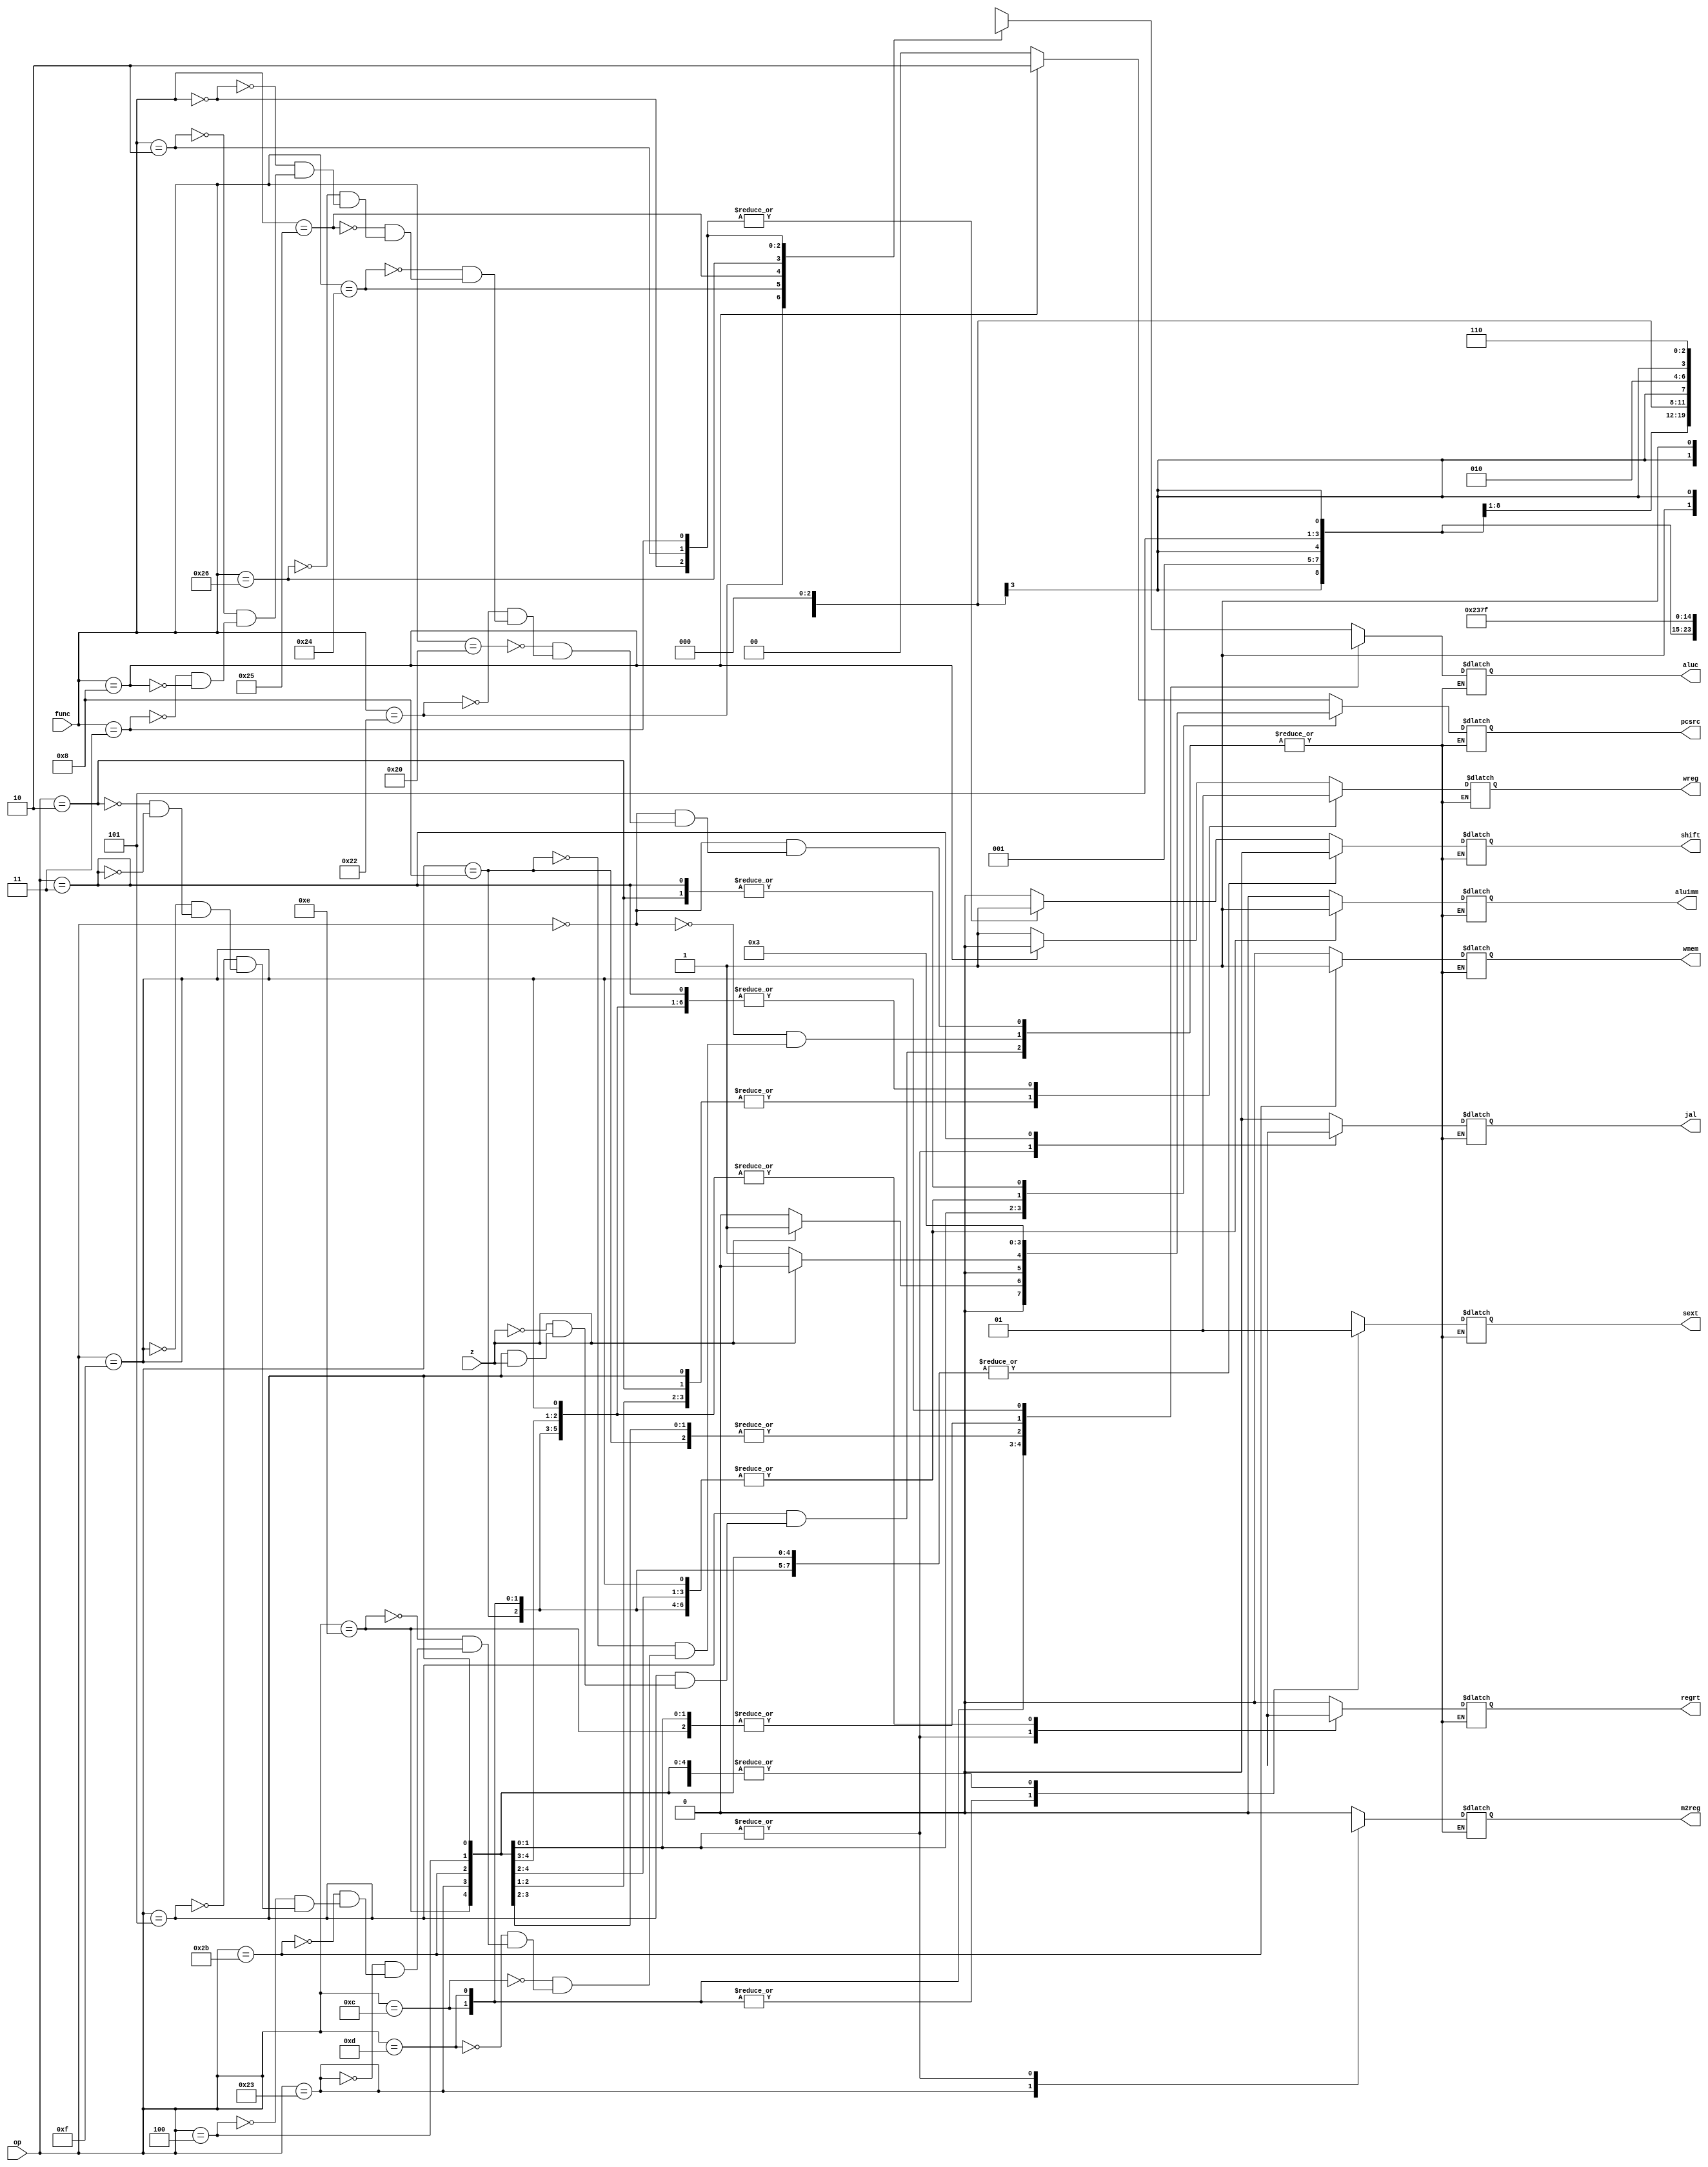
`timescale 1ns / 1ps
//////////////////////////////////////////////////////////////////////////////////
// Company: 
// Engineer: 
// 
// Design Name: 
// Module Name: ControlUnit
// Project Name: 
// Target Devices: 
// Tool Versions: 
// Description: 
// 
// Dependencies: 
// 
// Revision:
// Revision 0.01 - File Created
// Additional Comments:
// 
//////////////////////////////////////////////////////////////////////////////////


module ControlUnit (op, func, z, wreg, regrt, jal, m2reg, shift, aluimm, sext, aluc, wmem, pcsrc);
    input [5:0] op;
    input [5:0] func;
    input z;
    output reg wreg, regrt, jal, m2reg, shift, aluimm, sext, wmem;
    output reg [3:0] aluc;
    output reg [1:0] pcsrc;
    always @(*)
    begin
        case(op)
            6'b000000 : begin
            case(func)
                6'b100000 : begin//add
                wreg = 1'b1;
                regrt = 1'b0;
                jal = 1'b0;
                m2reg = 1'b0;
                shift = 1'b0;
                aluimm = 1'b0;
                sext = 1'bx;
                aluc = 4'bx000;
                wmem = 1'b0;
                pcsrc = 2'b00;
                end
                6'b100010 : begin//sub
                wreg = 1'b1;
                regrt = 1'b0;
                jal = 1'b0;
                m2reg = 1'b0;
                shift = 1'b0;
                aluimm = 1'b0;
                sext = 1'bx;
                aluc = 4'bx100;
                wmem = 1'b0;
                pcsrc = 2'b00;
                end
                6'b100100 : begin//and
                wreg = 1'b1;
                regrt = 1'b0;
                jal = 1'b0;
                m2reg = 1'b0;
                shift = 1'b0;
                aluimm = 1'b0;
                sext = 1'bx;
                aluc = 4'bx001;
                wmem = 1'b0;
                pcsrc = 2'b00;
                end
                6'b100101 : begin//or
                wreg = 1'b1;
                regrt = 1'b0;
                jal = 1'b0;
                m2reg = 1'b0;
                shift = 1'b0;
                aluimm = 1'b0;
                sext = 1'bx;
                aluc = 4'bx101;
                wmem = 1'b0;
                pcsrc = 2'b00;
                end
                6'b100110 : begin//xor
                wreg = 1'b1;
                regrt = 1'b0;
                jal = 1'b0;
                m2reg = 1'b0;
                shift = 1'b0;
                aluimm = 1'b0;
                sext = 1'bx;
                aluc = 4'bx010;
                wmem = 1'b0;
                pcsrc = 2'b00;
                end
                6'b000000 : begin//sll
                wreg = 1'b1;
                regrt = 1'b0;
                jal = 1'b0;
                m2reg = 1'b0;
                shift = 1'b1;
                aluimm = 1'b0;
                sext = 1'bx;
                aluc = 4'b0011;
                wmem = 1'b0;
                pcsrc = 2'b00;
                end
                6'b000010 : begin//srl
                wreg = 1'b1;
                regrt = 1'b0;
                jal = 1'b0;
                m2reg = 1'b0;
                shift = 1'b1;
                aluimm = 1'b0;
                sext = 1'bx;
                aluc = 4'b0111;
                wmem = 1'b0;
                pcsrc = 2'b00;
                end
                6'b000011 : begin //sra
                wreg = 1'b1;
                regrt = 1'b0;
                jal = 1'b0;
                m2reg = 1'b0;
                shift = 1'b1;
                aluimm = 1'b0;
                sext = 1'bx;
                aluc = 4'b1111;
                wmem = 1'b0;
                pcsrc = 2'b00;
                end
                6'b001000: begin //jr
                wreg = 1'b0;
                regrt = 1'bx;
                jal = 1'bx;
                m2reg = 1'bx;
                shift = 1'bx;
                aluimm = 1'bx;
                sext = 1'bx;
                aluc = 4'bxxxx;
                wmem = 1'b0;
                pcsrc = 2'b10;
                end
            endcase
            end
            
            6'b001000: begin //addi
            wreg = 1'b1;
            regrt = 1'b1;
            jal = 1'b0;
            m2reg = 1'b0;
            shift = 1'b0;
            aluimm = 1'b1;
            sext = 1'b1;
            aluc = 4'bx000;
            wmem = 1'b0;
            pcsrc = 2'b00;
            end
            6'b001100: begin //andi
            wreg = 1'b1;
            regrt = 1'b1;
            jal = 1'b0;
            m2reg = 1'b0;
            shift = 1'b0;
            aluimm = 1'b1;
            sext = 1'b0;
            aluc = 4'bx001;
            wmem = 1'b0;
            pcsrc = 2'b00;
            end
            6'b001101: begin //ori
            wreg = 1'b1;
            regrt = 1'b1;
            jal = 1'b0;
            m2reg = 1'b0;
            shift = 1'b0;
            aluimm = 1'b1;
            sext = 1'b0;
            aluc = 4'bx101;
            wmem = 1'b0;
            pcsrc = 2'b00;
            end
            6'b001110: begin //xori
            wreg = 1'b1;
            regrt = 1'b1;
            jal = 1'b0;
            m2reg = 1'b0;
            shift = 1'b0;
            aluimm = 1'b1;
            sext = 1'b1;
            aluc = 4'bx010;
            wmem = 1'b0;
            pcsrc = 2'b00;
            end
            6'b100011: begin //lw
            wreg = 1'b1;
            regrt = 1'b1;
            jal = 1'b0;
            m2reg = 1'b1;
            shift = 1'b0;
            aluimm = 1'b1;
            sext = 1'b1;
            aluc = 4'bx000;
            wmem = 1'b0;
            pcsrc = 2'b00;
            end
            6'b101011: begin //sw
            wreg = 1'b0;
            regrt = 1'bx;
            jal = 1'bx;
            m2reg = 1'bx;
            shift = 1'b0;
            aluimm = 1'b1;
            sext = 1'b1;
            aluc = 4'bx000;
            wmem = 1'b1;
            pcsrc = 2'b00;
            end
            6'b000100: begin //beq
            wreg = 1'b0;
            regrt = 1'bx;
            jal = 1'bx;
            m2reg = 1'bx;
            shift = 1'b0;
            aluimm = 1'b0;
            sext = 1'b1;
            aluc = 4'bx010;
            wmem = 1'b0;
            pcsrc = 2'b00;
            if (z == 1)
                begin
                wreg = 1'b0;
                regrt = 1'bx;
                jal = 1'bx;
                m2reg = 1'bx;
                shift = 1'b0;
                aluimm = 1'b0;
                sext = 1'b1;
                aluc = 4'bx010;
                wmem = 1'b0;
                pcsrc = 2'b01;
                end
            end
            6'b000101: begin //bne
            if (z == 0) begin
            wreg = 1'b0;
            regrt = 1'bx;
            jal = 1'bx;
            m2reg = 1'bx;
            shift = 1'b0;
            aluimm = 1'b0;
            sext = 1'b1;
            aluc = 4'bx010;
            wmem = 1'b0;
            pcsrc = 2'b01;
            end
            if (z == 1) begin
                wreg = 1'b0;
                regrt = 1'bx;
                jal = 1'bx;
                m2reg = 1'bx;
                shift = 1'b0;
                aluimm = 1'b0;
                sext = 1'b1;
                aluc = 4'bx010;
                wmem = 1'b0;
                pcsrc = 2'b00;
                end
            end
            6'b001111: begin //lui
            wreg = 1'b1;
            regrt = 1'b1;
            jal = 1'b0;
            m2reg = 1'b0;
            shift = 1'bx;
            aluimm = 1'b1;
            sext = 1'bx;
            aluc = 4'bx110;
            wmem = 1'b0;
            pcsrc = 2'b00;
            end
            6'b000010: begin //j
            wreg = 1'b0;
            regrt = 1'bx;
            jal = 1'bx;
            m2reg = 1'bx;
            shift = 1'bx;
            aluimm = 1'bx;
            sext = 1'bx;
            aluc = 4'bxxxx;
            wmem = 1'b0;
            pcsrc = 2'b11;
            end
            6'b000011: begin //jal
            wreg = 1'b1;
            regrt = 1'bx;
            jal = 1'b1;
            m2reg = 1'bx;
            shift = 1'bx;
            aluimm = 1'bx;
            sext = 1'bx;
            aluc = 4'bxxxx;
            wmem = 1'b0;
            pcsrc = 2'b11;
            end
        endcase
    end
endmodule